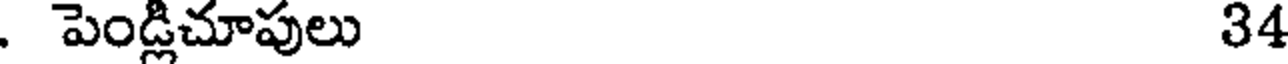
. పెండ్లిచూపులు 34